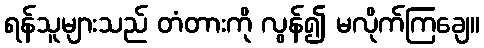
ရန်သူများသည် တံတားကို လွန်၍ မလိုက်ကြချေ။